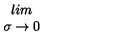
\begin{array} { c } { l i m } \\ { \sigma \rightarrow 0 } \\ \end{array}